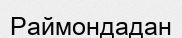
Раймондадан